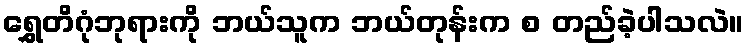
ရွှေတိဂုံဘုရားကို ဘယ်သူက ဘယ်တုန်းက စ တည်ခဲ့ပါသလဲ။